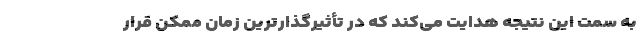
به سمت این نتیجه هدایت می‌کند که در تأثیر‌گذارترین زمان ممکن قرار